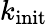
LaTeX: k_{\textrm{init}}